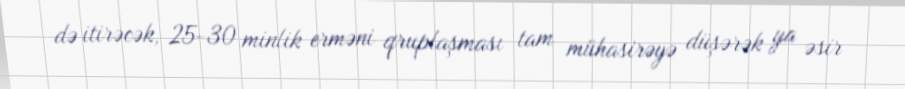
də itirəcək, 25-30 minlik erməni qruplaşması tam mühasirəyə düşərək ya əsir